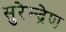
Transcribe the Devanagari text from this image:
सुरेन्द्रेण